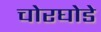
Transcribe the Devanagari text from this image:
चोरघोडे